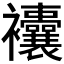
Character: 𧟘